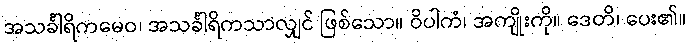
အသင်္ခါရိကမေဝ၊ အသင်္ခါရိကသာလျှင် ဖြစ်သော။ ဝိပါကံ၊ အကျိုးကို။ ဒေတိ၊ ပေး၏။